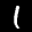
Label: 1